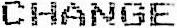
CHANGE